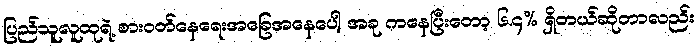
ပြည်သူလူထုရဲ့ စားဝတ်နေရေးအခြေအနေပေါ့ အခု ကနေပြီးတော့ ၆.၄% ရှိတယ်ဆိုတာလည်း